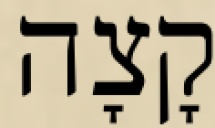
קָצָה